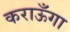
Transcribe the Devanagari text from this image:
कराऊँगा